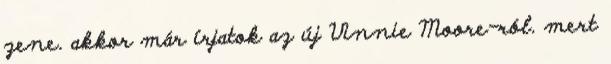
zene. akkor már í­rjatok az új Vinnie Moore-ról. mert